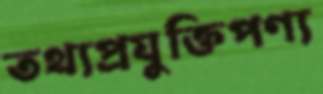
তথ্যপ্রযুক্তিপণ্য